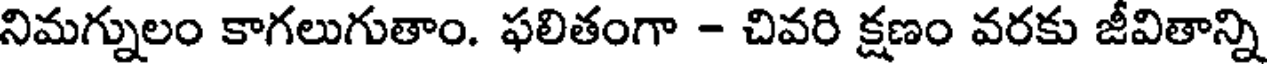
నిమగ్నులం కాగలుగుతాం. ఫలితంగా - చివరి క్షణం వరకు జీవితాన్ని